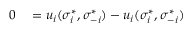
\begin{array} { r l r l } { 0 } & { { } = u _ { i } ( \sigma _ { i } ^ { * } , \sigma _ { - i } ^ { * } ) - u _ { i } ( \sigma _ { i } ^ { * } , \sigma _ { - i } ^ { * } ) } \end{array}